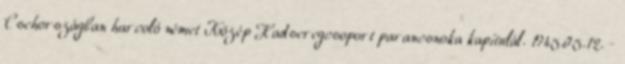
Csehországban harcoló német Közép Hadseregcsoport parancsnoka kapitulál. 1945.05.12. -